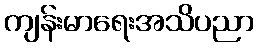
ကျန်းမာရေးအသိပညာ